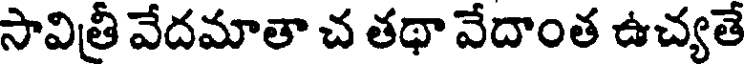
సావిత్రీ వేదమాతా చ తథా వేదాంత ఉచ్యతే